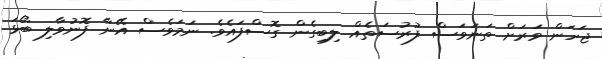
ޖަހަން ވަރަށް ތަނަވަސް ފުރުސަތެއް ލިބިގެން ގޮސްފައެވެ. ނަމަވެސް އޭނާ ފޮނުވާލި ބޯޅަ